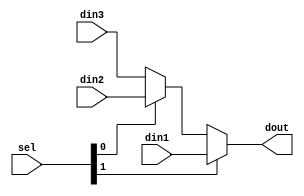
`timescale 1ns / 1ps
//////////////////////////////////////////////////////////////////////////////////
// Company: 
// Engineer: 
// 
// Design Name: 
// Module Name: mux3_1
// Project Name: 
// Target Devices: 
// Tool Versions: 
// Description: 
// 
// Dependencies: 
// 
// Revision:
// Revision 0.01 - File Created
// Additional Comments:
// 
//////////////////////////////////////////////////////////////////////////////////

	//
module mux3_1(
	input [31:0]din1,
	input [31:0]din2,
	input [31:0]din3,
	input [1:0]sel,
	output [31:0]dout
    );

	assign dout=(sel[1] ? din1 :(sel[0] ? din2 : din3)) ;
    
endmodule